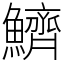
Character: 鱭